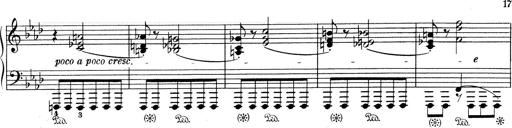
Title: Weinen, Klagen, Sorgen, Zagen
Composer: Franz Liszt